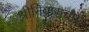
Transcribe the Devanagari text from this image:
श्रीनिवासचार्य